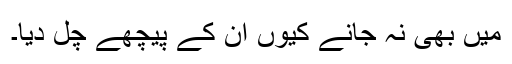
میں بھی نہ جانے کیوں ان کے پیچھے چل دیا۔